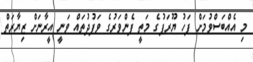
މި އެއްބަސްވުމަށް ފަހު ޔޫރަޕުގެ މަތީ ފެންވަރުގެ ވަފުދުތައް ވަނީ އީރާނަށް ޒިޔާރަތް